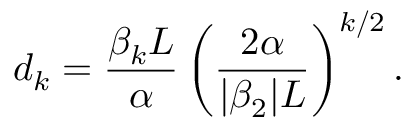
d _ { k } = \frac { \beta _ { k } L } { \alpha } \left( \frac { 2 \alpha } { | \beta _ { 2 } | L } \right) ^ { k / 2 } .